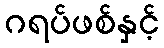
ဂရပ်ဖစ်နှင့်